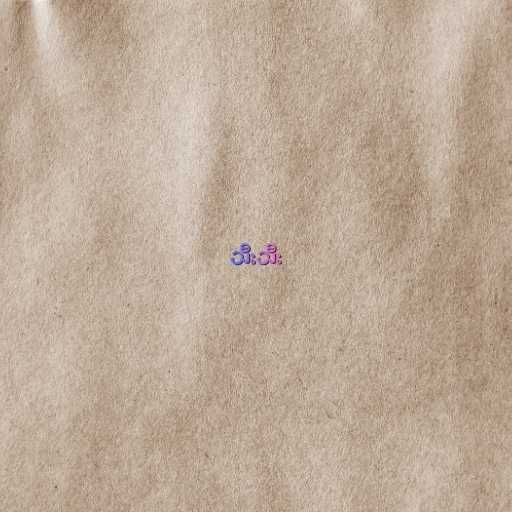
သီးသီး